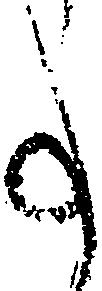
事